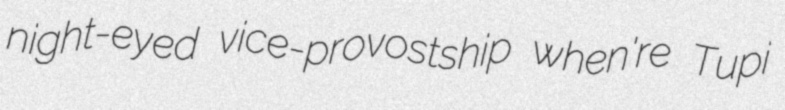
night-eyed vice-provostship when're Tupi